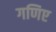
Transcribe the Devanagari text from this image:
गणिए